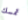
تمسك